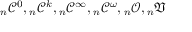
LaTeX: { _ { n } { \mathcal { C } } ^ { 0 } } , { _ { n } { \mathcal { C } } ^ { k } } , { _ { n } { \mathcal { C } } ^ { \infty } } , { _ { n } { \mathcal { C } } ^ { \omega } } , { _ { n } { \mathcal { O } } } , { _ { n } { \mathfrak { V } } }